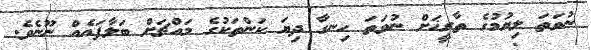
ނުވަތަ ލިޔުމުގެ ތާރީޚަށް ނުވަތަ ހިނގާ ދިޔަ ކަންތަކުގެ މައްޗަށް ބަލާފައެއް ނޫނެވެ.